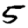
Digit: 5